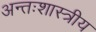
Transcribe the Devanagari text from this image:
अन्तःशास्त्रीय